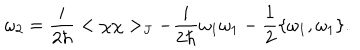
\omega _ { 2 } = { \frac { i } { 2 \hbar } } < \chi \chi > _ { J } - { \frac { i } { 2 \hbar } } \omega _ { 1 } \omega _ { 1 } - { \frac { 1 } { 2 } } \{ \omega _ { 1 } , \omega _ { 1 } \} .